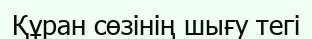
Құран сөзінің шығу тегі